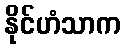
နိုင်ဟံသာက